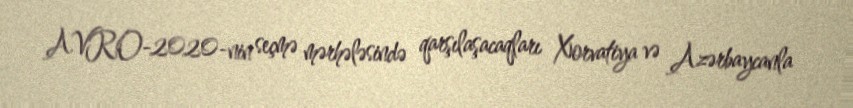
AVRO-2020-nin seçmə mərhələsində qarşılaşacaqları Xorvatiya və Azərbaycanla